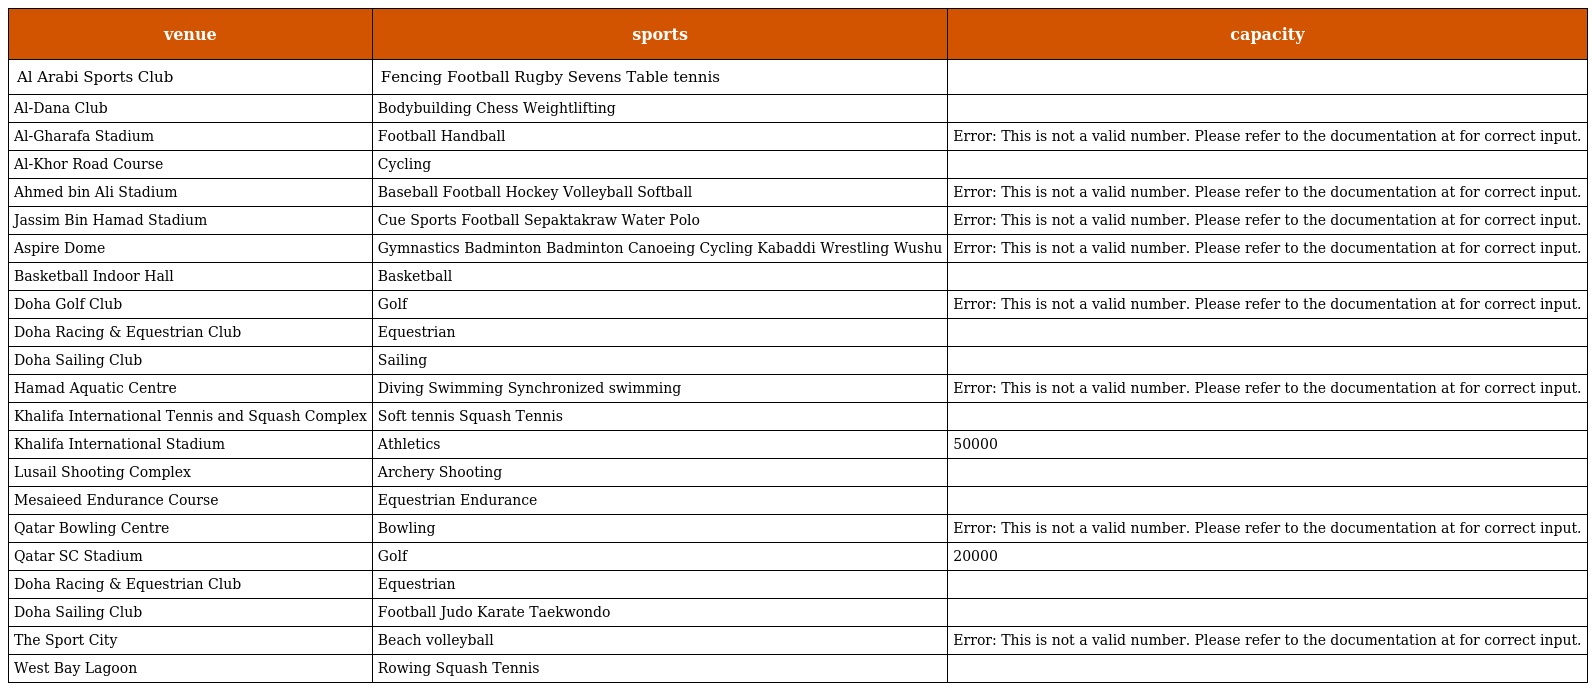
| venue | sports | capacity |
 | --- | --- | --- |
 | Al Arabi Sports Club | Fencing Football Rugby Sevens Table tennis |  |
 | Al-Dana Club | Bodybuilding Chess Weightlifting |  |
 | Al-Gharafa Stadium | Football Handball | Error: This is not a valid number. Please refer to the documentation at for correct input. |
 | Al-Khor Road Course | Cycling |  |
 | Ahmed bin Ali Stadium | Baseball Football Hockey Volleyball Softball | Error: This is not a valid number. Please refer to the documentation at for correct input. |
 | Jassim Bin Hamad Stadium | Cue Sports Football Sepaktakraw Water Polo | Error: This is not a valid number. Please refer to the documentation at for correct input. |
 | Aspire Dome | Gymnastics Badminton Badminton Canoeing Cycling Kabaddi Wrestling Wushu | Error: This is not a valid number. Please refer to the documentation at for correct input. |
 | Basketball Indoor Hall | Basketball |  |
 | Doha Golf Club | Golf | Error: This is not a valid number. Please refer to the documentation at for correct input. |
 | Doha Racing & Equestrian Club | Equestrian |  |
 | Doha Sailing Club | Sailing |  |
 | Hamad Aquatic Centre | Diving Swimming Synchronized swimming | Error: This is not a valid number. Please refer to the documentation at for correct input. |
 | Khalifa International Tennis and Squash Complex | Soft tennis Squash Tennis |  |
 | Khalifa International Stadium | Athletics | 50000 |
 | Lusail Shooting Complex | Archery Shooting |  |
 | Mesaieed Endurance Course | Equestrian Endurance |  |
 | Qatar Bowling Centre | Bowling | Error: This is not a valid number. Please refer to the documentation at for correct input. |
 | Qatar SC Stadium | Golf | 20000 |
 | Doha Racing & Equestrian Club | Equestrian |  |
 | Doha Sailing Club | Football Judo Karate Taekwondo |  |
 | The Sport City | Beach volleyball | Error: This is not a valid number. Please refer to the documentation at for correct input. |
 | West Bay Lagoon | Rowing Squash Tennis |  |